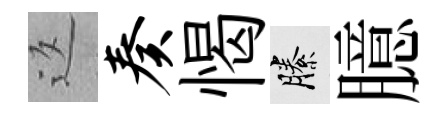
返奏愒縢臆